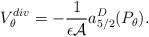
\begin{align*}V_\theta^{div} = -{1\over \epsilon {\cal A}} a^D_{5/2}(P_\theta).\end{align*}